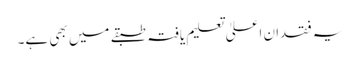
یہ فقدان اعلیٰ تعلیم یافتہ طبقے میں بھی ہے۔